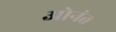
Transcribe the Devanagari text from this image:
ओनंत